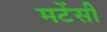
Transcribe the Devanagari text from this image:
मटेंसी